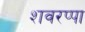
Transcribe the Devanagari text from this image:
शवरप्पा